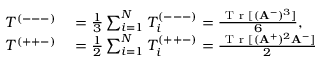
\begin{array} { r l } { T ^ { ( --- ) } } & { { } = \frac { 1 } { 3 } \sum _ { i = 1 } ^ { N } T _ { i } ^ { ( --- ) } = \frac { \mathrm { ~ T ~ r ~ } [ ( \mathbf { A } ^ { - } ) ^ { 3 } ] } { 6 } , } \\ { T ^ { ( + + - ) } } & { { } = \frac { 1 } { 2 } \sum _ { i = 1 } ^ { N } T _ { i } ^ { ( + + - ) } = \frac { \mathrm { ~ T ~ r ~ } [ ( \mathbf { A } ^ { + } ) ^ { 2 } \mathbf { A } ^ { - } ] } { 2 } } \end{array}